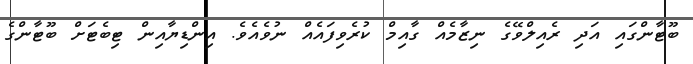
ބޫޓާންގައި އަދި ރެއިލްވޭގެ ނިޒާމެއް ގާއިމް ކުރެވިފައެއް ނުވެއެވެ. އިންޑިޔާއިން ޓިބެޓަށް ބޫޓާންގެ